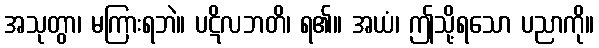
အသုတွာ၊ မကြားရဘဲ။ ပဋိလဘတိ၊ ရ၏။ အယံ၊ ဤသို့ရသော ပညာကို။